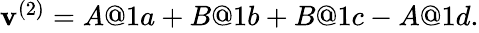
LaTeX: \begin{array}{r}{\mathbf{v}^{(2)}=A@1a+B@1b+B@1c-A@1d.}\end{array}